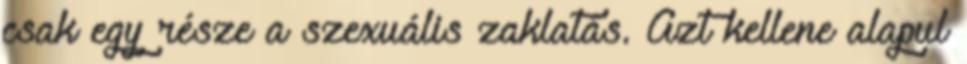
csak egy része a szexuális zaklatás. Azt kellene alapul